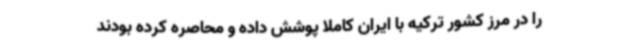
را در مرز کشور ترکیه با ایران کاملا پوشش داده و محاصره کرده بودند